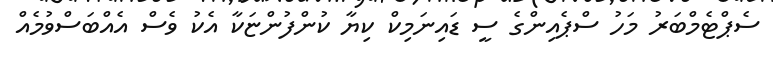
ސެޕްޓެމްބަރު މަހު ސްޕެއިންގެ ސީ ޑައިނަމިކް ކިޔާ ކުންފުންޏަކާ އެކު ވެސް އެއްބަސްވުމެއް